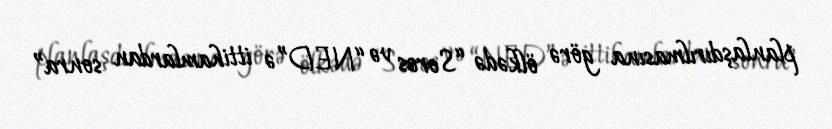
planlaşdırılmasına görə ölkədə “Soros və “NED”ə ittihamlardan sonra”